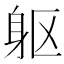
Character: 躯